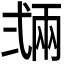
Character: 𢎏